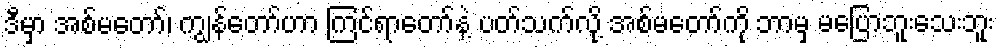
ဒီမှာ အစ်မတော်၊ ကျွန်တော်ဟာ ကြင်ရာတော်နဲ့ ပတ်သက်လို့ အစ်မတော်ကို ဘာမှ မပြောဘူးသေးဘူး